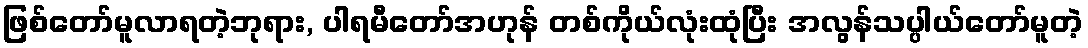
ဖြစ်တော်မူလာရတဲ့ဘုရား, ပါရမီတော်အဟုန် တစ်ကိုယ်လုံးထုံပြီး အလွန်သပ္ပါယ်တော်မူတဲ့